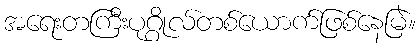
အရေးတကြီးပုဂ္ဂိုလ်တစ်ယောက်ဖြစ်နေမြဲ။